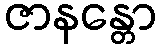
ဇာနန္တော